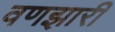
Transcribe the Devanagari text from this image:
वणझारी